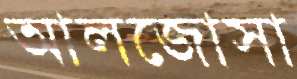
আলজোসা